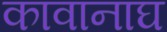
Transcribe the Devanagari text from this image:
कावानाघ